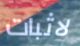
لاثبات